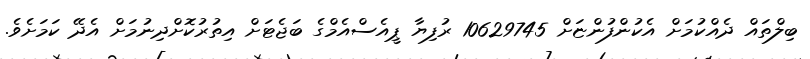
ބިލްތައް ދެއްކުމަށްް އެކުންފުންޏަށް 10629745 ރުފިޔާ ޕީއެސްއެމްގެ ބަޖެޓަށް އިތުރުކޮށްދިނުމަށް އެދޭ ކަމަށެވެ.